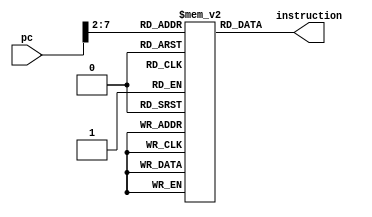
module instruction_mem (
    input [31: 0] pc,

    output reg [31: 0] instruction
);

reg [31: 0] inst_mem[63: 0];

always @(*) begin
    instruction = inst_mem[pc >> 2];
end

initial begin
    inst_mem[0] = 32'hfe010113;
    inst_mem[1] = 32'h00812e23;
    inst_mem[2] = 32'h02010413;
    inst_mem[3] = 32'hfea42623;
    inst_mem[4] = 32'hfec42783;
    inst_mem[5] = 32'h0007a783;
    inst_mem[6] = 32'h00a78713;
    inst_mem[7] = 32'hfec42783;
    inst_mem[8] = 32'h00e7a023;
    inst_mem[9] = 32'h00000013;
    inst_mem[10] = 32'h01c12403;
    inst_mem[11] = 32'h02010113;
    inst_mem[12] = 32'h00008067;

    inst_mem[13] = 32'hfe010113;
    inst_mem[14] = 32'h00112e23;
    inst_mem[15] = 32'h00812c23;
    inst_mem[16] = 32'h02010413;
    inst_mem[17] = 32'h00100793;
    inst_mem[18] = 32'hfef42623;
    inst_mem[19] = 32'hfec40793;
    inst_mem[20] = 32'h00078513;
    inst_mem[21] = 32'hfadff0ef;
    inst_mem[22] = 32'h00000793;
    inst_mem[23] = 32'h00078513;
    inst_mem[24] = 32'h01c12083;
    inst_mem[25] = 32'h01812403;
    inst_mem[26] = 32'h02010113;
    inst_mem[27] = 32'h00008067;

    inst_mem[28] = {12'h0, 5'b0, 3'b000, 5'b0, 7'b0010011}; // nop

    // inst_mem[0] = {12'h1, 5'b0, 3'b000, 5'b1, 7'b0010011}; // addi
    // inst_mem[1] = {12'h1, 5'b1, 3'b000, 5'h2, 7'b0010011}; // addi
    // inst_mem[2] = {7'b0, 5'b1, 5'h2, 3'b000, 5'h3, 7'b0110011}; // add
    // inst_mem[3] = {7'b010_0000, 5'h2, 5'h3, 3'b000, 5'h4, 7'b0110011}; // sub
    // inst_mem[4] = {7'b0, 5'h2, 5'h4, 3'b110, 5'h1, 7'b0110011}; // or
    
    // inst_mem[5] = {12'h0, 5'b0, 3'b000, 5'b0, 7'b0010011}; // nop


    // inst_mem[0] = {12'h1, 5'b0, 3'b000, 5'b1, 7'b0010011}; // addi
    // inst_mem[1] = {12'h001, 5'b1, 3'b000, 5'h2, 7'b0010011}; // addi

    // // R
    // inst_mem[2] = {7'b0, 5'b1, 5'h2, 3'b000, 5'h3, 7'b0110011}; // add
    // inst_mem[3] = {7'b010_0000, 5'h2, 5'h3, 3'b000, 5'h4, 7'b0110011}; // sub
    // inst_mem[4] = {7'b0, 5'h2, 5'h4, 3'b110, 5'h1, 7'b0110011}; // or
    // inst_mem[5] = {7'b0, 5'b0, 5'h1, 3'b111, 5'h1, 7'b0110011}; // and
    // inst_mem[6] = {7'b0, 5'd2, 5'd3, 3'b100, 5'd1, 7'b0110011}; // xor
    // inst_mem[7] = {7'b0, 5'd1, 5'd3, 3'b001, 5'd3, 7'b0110011}; // sll
    // inst_mem[8] = {7'b010_0000, 5'd3, 5'd1, 3'b000, 5'h1, 7'b0110011}; //sub
    // inst_mem[9] = {7'b0, 5'd3, 5'd1, 3'b010, 5'd2, 7'b0110011}; // slt
    // inst_mem[10] = {7'b0, 5'd3, 5'd1, 3'b011, 5'd2, 7'b0110011}; // sltu
    // inst_mem[11] = {7'b0, 5'd2, 5'd1, 3'b101, 5'd1, 7'b0110011}; // srl
    // inst_mem[12] = {7'b010_0000, 5'd4, 5'd1, 3'b101, 5'd1, 7'b0110011}; // sra

    // inst_mem[13] = {12'hfff, 5'd1, 3'b010, 5'd2, 7'b0010011}; // slti
    // inst_mem[14] = {12'hfff, 5'd2, 3'b011, 5'd2, 7'b0010011}; // sltiu
    // inst_mem[15] = {12'h009, 5'd3, 3'b100, 5'd3, 7'b0010011}; // xori
    // inst_mem[16] = {12'hffd, 5'd3, 3'b110, 5'd2, 7'b0010011}; // ori
    // inst_mem[17] = {12'h1, 5'd2, 3'b111, 5'd2, 7'b0010011}; // andi
    // inst_mem[18] = {12'h2, 5'd2, 3'b001, 5'd2, 7'b0010011}; //slli
    // inst_mem[19] = {12'b1000000_00000, 5'd1, 3'b101, 5'd1, 7'b0010011}; // srli
    // inst_mem[20] = {12'b1100000_00001, 5'd1, 3'b101, 5'd1, 7'b0010011}; // srai

    // // S
    // inst_mem[21] = {7'h0, 5'd3, 5'd0, 3'b010, 5'd2, 7'b0100011}; // sw

    // // L
    // inst_mem[22] = {12'd1, 5'd4, 3'b010, 5'd2, 7'b0000011}; // lw

    // inst_mem[23] = {7'h0, 5'd1, 5'd4, 3'b001, 5'd5, 7'b0100011}; //sh

    // inst_mem[24] = {12'd5, 5'd0, 3'b001, 5'd3, 7'b0000011}; // lh;

    // inst_mem[25] = {7'h0, 5'd4, 5'd4, 3'b000, 5'd5, 7'b0100011}; // sb

    // inst_mem[26] = {12'd6, 5'd0, 3'b000, 5'd3, 7'b0000011}; // lb

    // inst_mem[27] = {12'd7, 5'd0, 3'b100, 5'd4, 7'b0000011}; // lbu

    // inst_mem[28] = {12'd6, 5'd0, 3'b101, 5'd4, 7'b0000011}; // lhu

    // inst_mem[29] = {1'b0, 10'd4, 1'b0, 8'b0, 5'd4, 7'b1101111}; // jal

    // inst_mem[31] = {20'b1, 5'd4, 7'b0110111}; // lui

    // inst_mem[32] = {20'b1, 5'd4, 7'b0010111}; // auipc

    // inst_mem[33] = {12'd4, 5'd0, 3'b000, 5'd4, 7'b1100111}; // jalr
end

endmodule